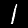
Label: 1